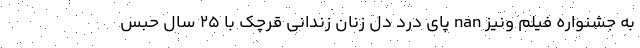
به جشنواره فیلم ونیز nan پای دردِ دل زنان زندانی قرچک با ۲۵ سال حبس